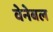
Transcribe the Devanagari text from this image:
वेनेबल